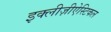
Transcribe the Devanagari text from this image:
इक्लीज़ीऐस्टिकल